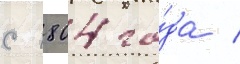
с 1804 го́да /